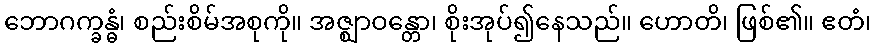
ဘောဂက္ခန္ဓံ၊ စည်းစိမ်အစုကို။ အဇ္ဈာဝန္တော၊ စိုးအုပ်၍နေသည်။ ဟောတိ၊ ဖြစ်၏။ ဧတံ၊